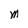
Character: M